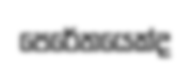
පෙරේතයෙක්ද